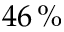
4 6 \, \%